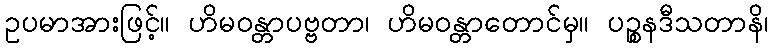
ဥပမာအားဖြင့်။ ဟိမဝန္တာပဗ္ဗတာ၊ ဟိမဝန္တာတောင်မှ။ ပဉ္စနဒီသတာနိ၊